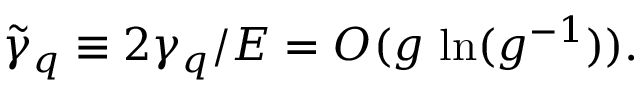
\tilde { \gamma } _ { q } \equiv 2 \gamma _ { q } / E = O ( g \, \ln ( g ^ { - 1 } ) ) .